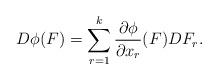
LaTeX: \begin{align*}D\phi(F)=\sum_{r=1}^k \frac{\partial \phi}{\partial x_r}(F) D F_r.\end{align*}